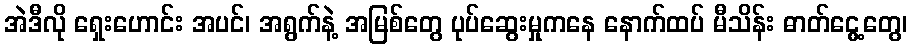
အဲဒီလို ရှေးဟောင်း အပင်၊ အရွက်နဲ့ အမြစ်တွေ ပုပ်ဆွေးမှုကနေ နောက်ထပ် မီသိန်း ဓာတ်ငွေ့တွေ၊